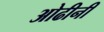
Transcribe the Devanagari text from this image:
ओढीनी